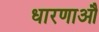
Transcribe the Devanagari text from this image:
धारणाऔ